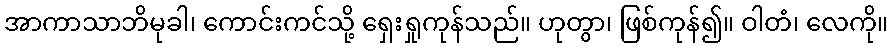
အာကာသာဘိမုခါ၊ ကောင်းကင်သို့ ရှေးရှုကုန်သည်။ ဟုတွာ၊ ဖြစ်ကုန်၍။ ဝါတံ၊ လေကို။